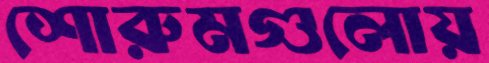
শোরুমগুলোয়